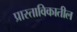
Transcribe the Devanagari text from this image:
प्रास्ताविकातील